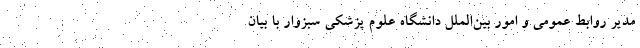
مدیر روابط عمومی و امور بین‌الملل دانشگاه علوم پزشکی سبزوار با بیان